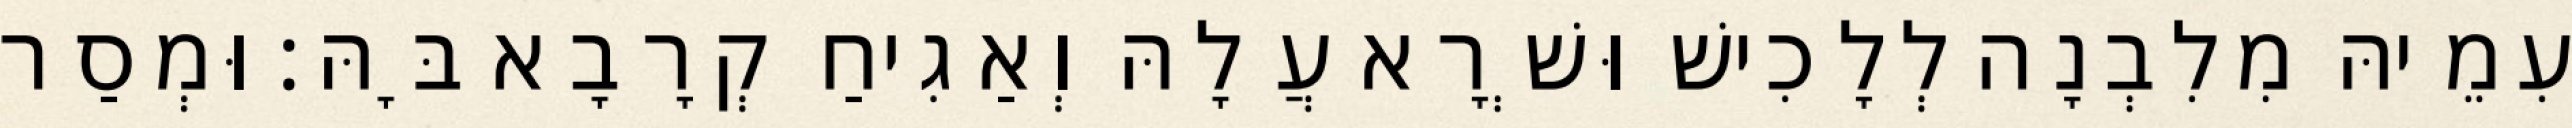
עִמֵיהּ מִלִבְנָה לְלָכִישׁ וּשְׁרָא עֲלָהּ וְאַגִיחַ קְרָבָא בָּהּ׃ וּמְסַר